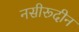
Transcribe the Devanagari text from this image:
नसीरूदीन